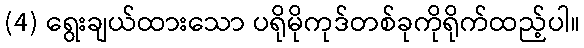
(4) ရွေးချယ်ထားသော ပရိုမိုကုဒ်တစ်ခုကိုရိုက်ထည့်ပါ။